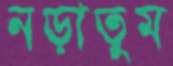
নড়াতুম